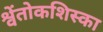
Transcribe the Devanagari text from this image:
श्वेंतोकशिस्का